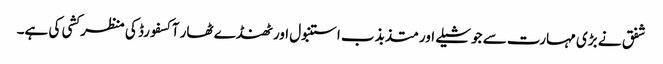
شفق نے بڑی مہارت سے جوشیلے اور متذبذب استنبول اور ٹھنڈے ٹھار آکسفورڈ کی منظر کشی کی ہے۔